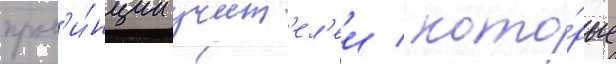
пров'и́нции учит'ел'еи / кото́рые